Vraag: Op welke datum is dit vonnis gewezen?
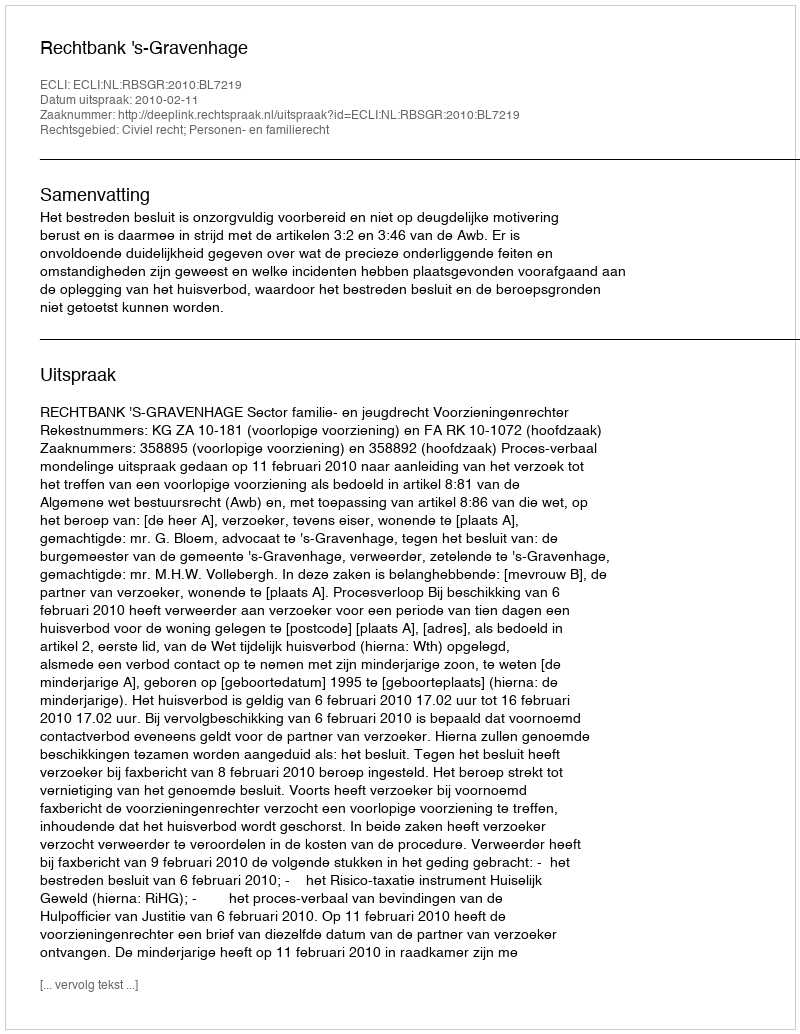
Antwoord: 2010-02-11